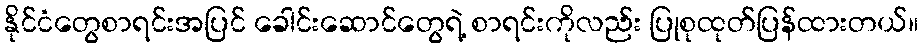
နိုင်ငံတွေစာရင်းအပြင် ခေါင်းဆောင်တွေရဲ့ စာရင်းကိုလည်း ပြုစုထုတ်ပြန်ထားတယ်။